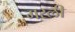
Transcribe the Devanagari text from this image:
गरली